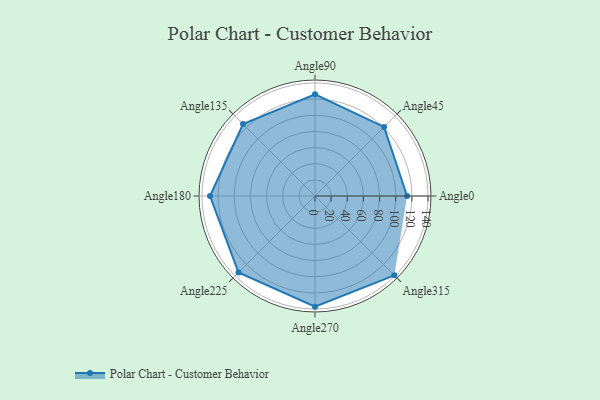
{"axis": {"x": "Angle", "y": "Radius"}, "legend": [""], "data": [{"x": "Angle0", "y": 114.0, "type": ""}, {"x": "Angle45", "y": 121.0, "type": ""}, {"x": "Angle90", "y": 126.0, "type": ""}, {"x": "Angle135", "y": 126.0, "type": ""}, {"x": "Angle180", "y": 130.0, "type": ""}, {"x": "Angle225", "y": 134.0, "type": ""}, {"x": "Angle270", "y": 137.0, "type": ""}, {"x": "Angle315", "y": 139.0, "type": ""}]}